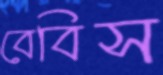
বেবিস